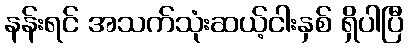
နန်းရင် အသက်သုံးဆယ့်ငါးနှစ် ရှိပါပြီ